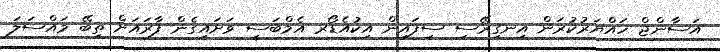
އަސާންޖް ހައްޔަރުކުރަން އިނގިރޭސި ސިފައިން އިކުއެޑޯރ އެމްބަސީ ވަށައިގެން ފާރައަށް ތިބޭ މައްސަލަ